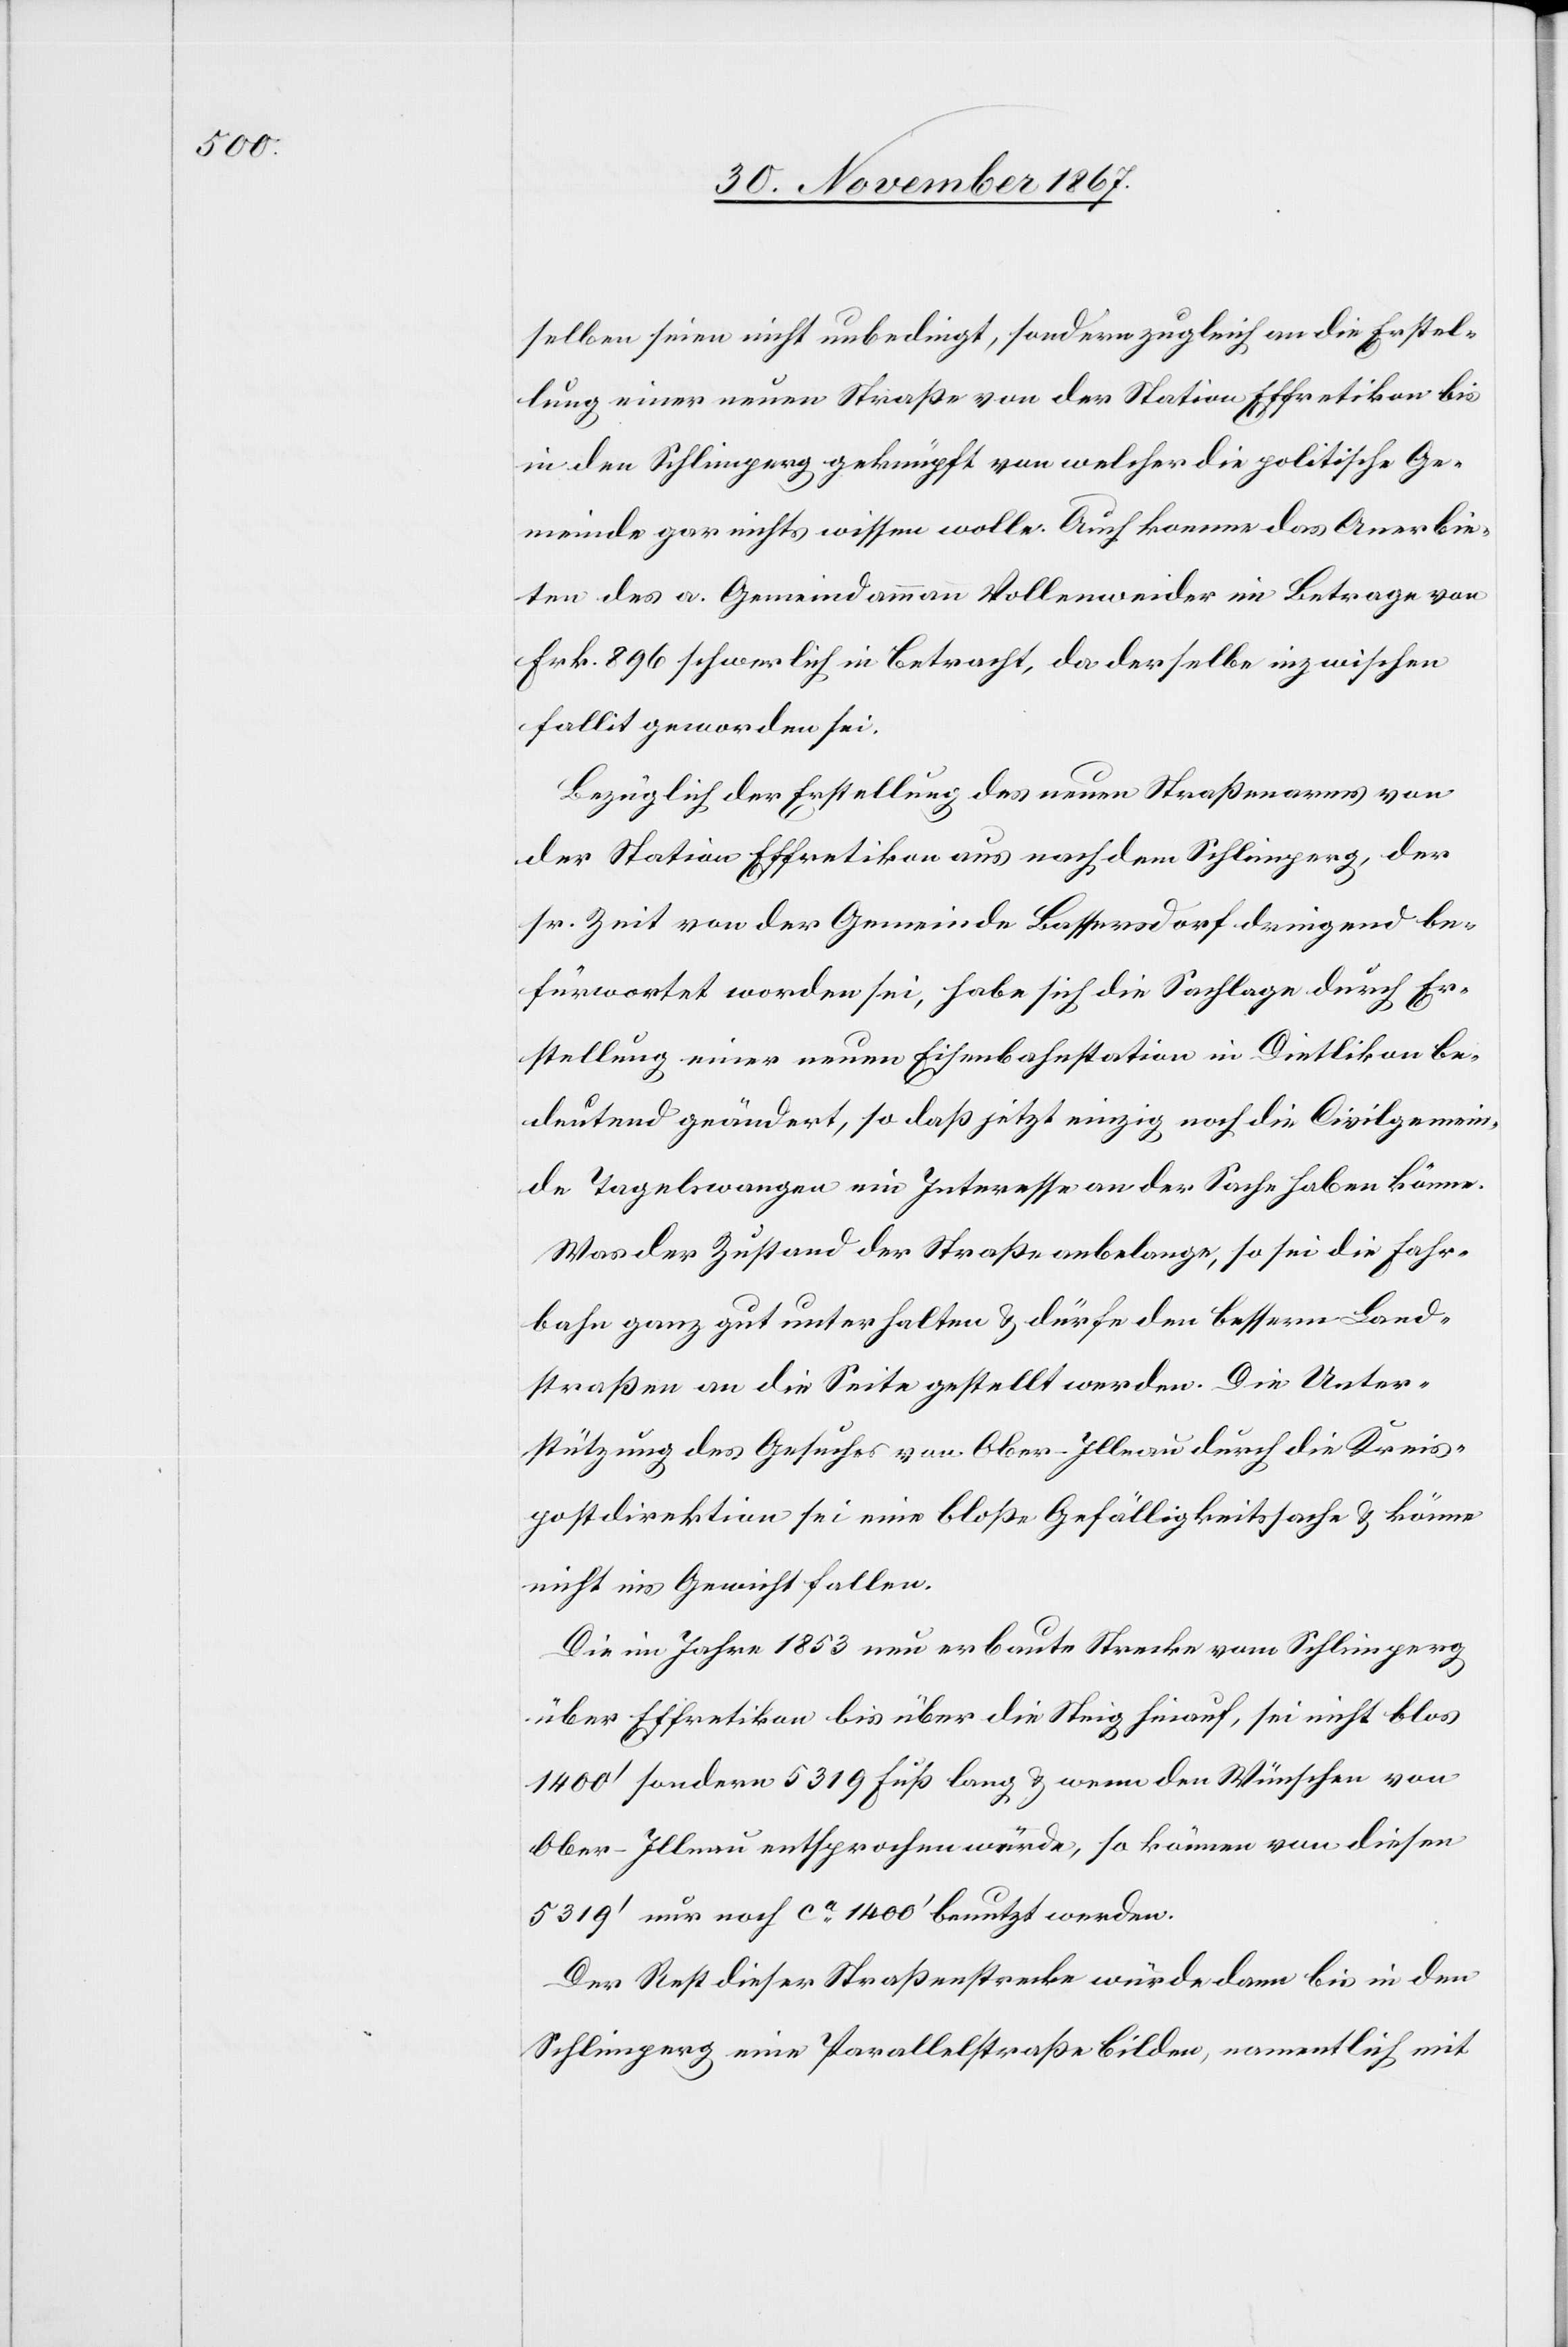
selben seien nicht unbedingt, sondern zugleich an die Erstel¬
lung einer neuen Straße von der Station Effretikon bis
in den Schlimperg geknüpft von welcher die politische Ge¬
meinde gar nichts wissen wolle. Auch komme das Anerbie¬
ten des a. Gemeindammann Vollenweider im Betrage von
Frk. 896 schwerlich in Betracht, da derselbe inzwischen
fallit geworden sei.
Bezüglich der Erstellung des neuen Straßenarmes von
der Station Effretikon aus nach dem Schlimperg, der
sr. Zeit von der Gemeinde Bassersdorf dringend be¬
fürwortet worden sei, habe sich die Sachlage durch Er¬
stellung einer neuen Eisenbahnstation in Dietlikon be¬
deutend geändert, so daß jetzt einzig noch die Civilgemein¬
de Tagelswangen ein Interessen an der Sache haben könne.
Was der Zustand der Straße anbelange, so sei die Fahr¬
bahn ganz gut unterhalten u. dürfe den bessern Land¬
straßen an die Seite gestellt werden. Die Unter¬
stützung des Gesuches von Ober-Illnau durch die Kreis¬
postdirektion sei eine bloße Gefälligkeitssache u. könne
nicht ins Gewicht fallen.
Die im Jahre 1853 neu erbaute Strecke von Schlimperg
über Effretikon bis über die Steig hinauf, sei nicht blos
1400‘ sondern 5319 Fuß lang u. wenn den Wünschen von
Ober-Illnau entsprochen würde, so können von diesen
5319‘ nur noch ca. 1400‘ benutzt werden.
Der Rest dieser Straßenstrecke würde dann bis in den
Schlimperg eine Parallelstraße bilden, namentlich mit